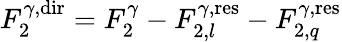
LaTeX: F_{2}^{\gamma,{\mathrm{dir}}}=F_{2}^{\gamma}-F_{2,l}^{\gamma,{\mathrm{res}}}-F_{2,q}^{\gamma,{\mathrm{res}}}